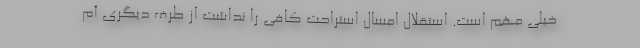
خیلی مهم است. استقلال امسال استراحت کافی را نداشت از طرف دیگری آم